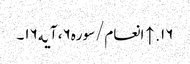
۱۶. ↑ انعام/سوره۶، آیه۱۶۔